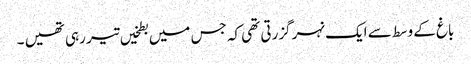
باغ کے وسط سے ایک نہر گزرتی تھی کہ جس میں بطخیں تیر رہی تھیں ۔